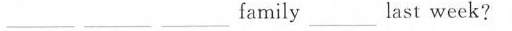
___ ___ ___ family ___ ___ last week?